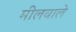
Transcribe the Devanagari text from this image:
मीलवाले